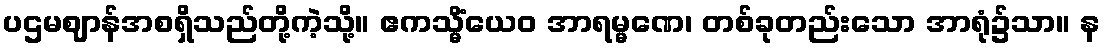
ပဌမဈာန်အစရှိသည်တို့ကဲ့သို့။ ဧကသ္မိံယေဝ အာရမ္မဏေ၊ တစ်ခုတည်းသော အာရုံ၌သာ။ န